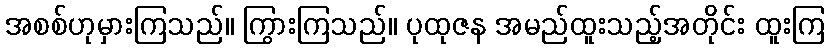
အစစ်ဟုမှားကြသည်။ ကြွားကြသည်။ ပုထုဇန အမည်ထူးသည့်အတိုင်း ထူးကြ